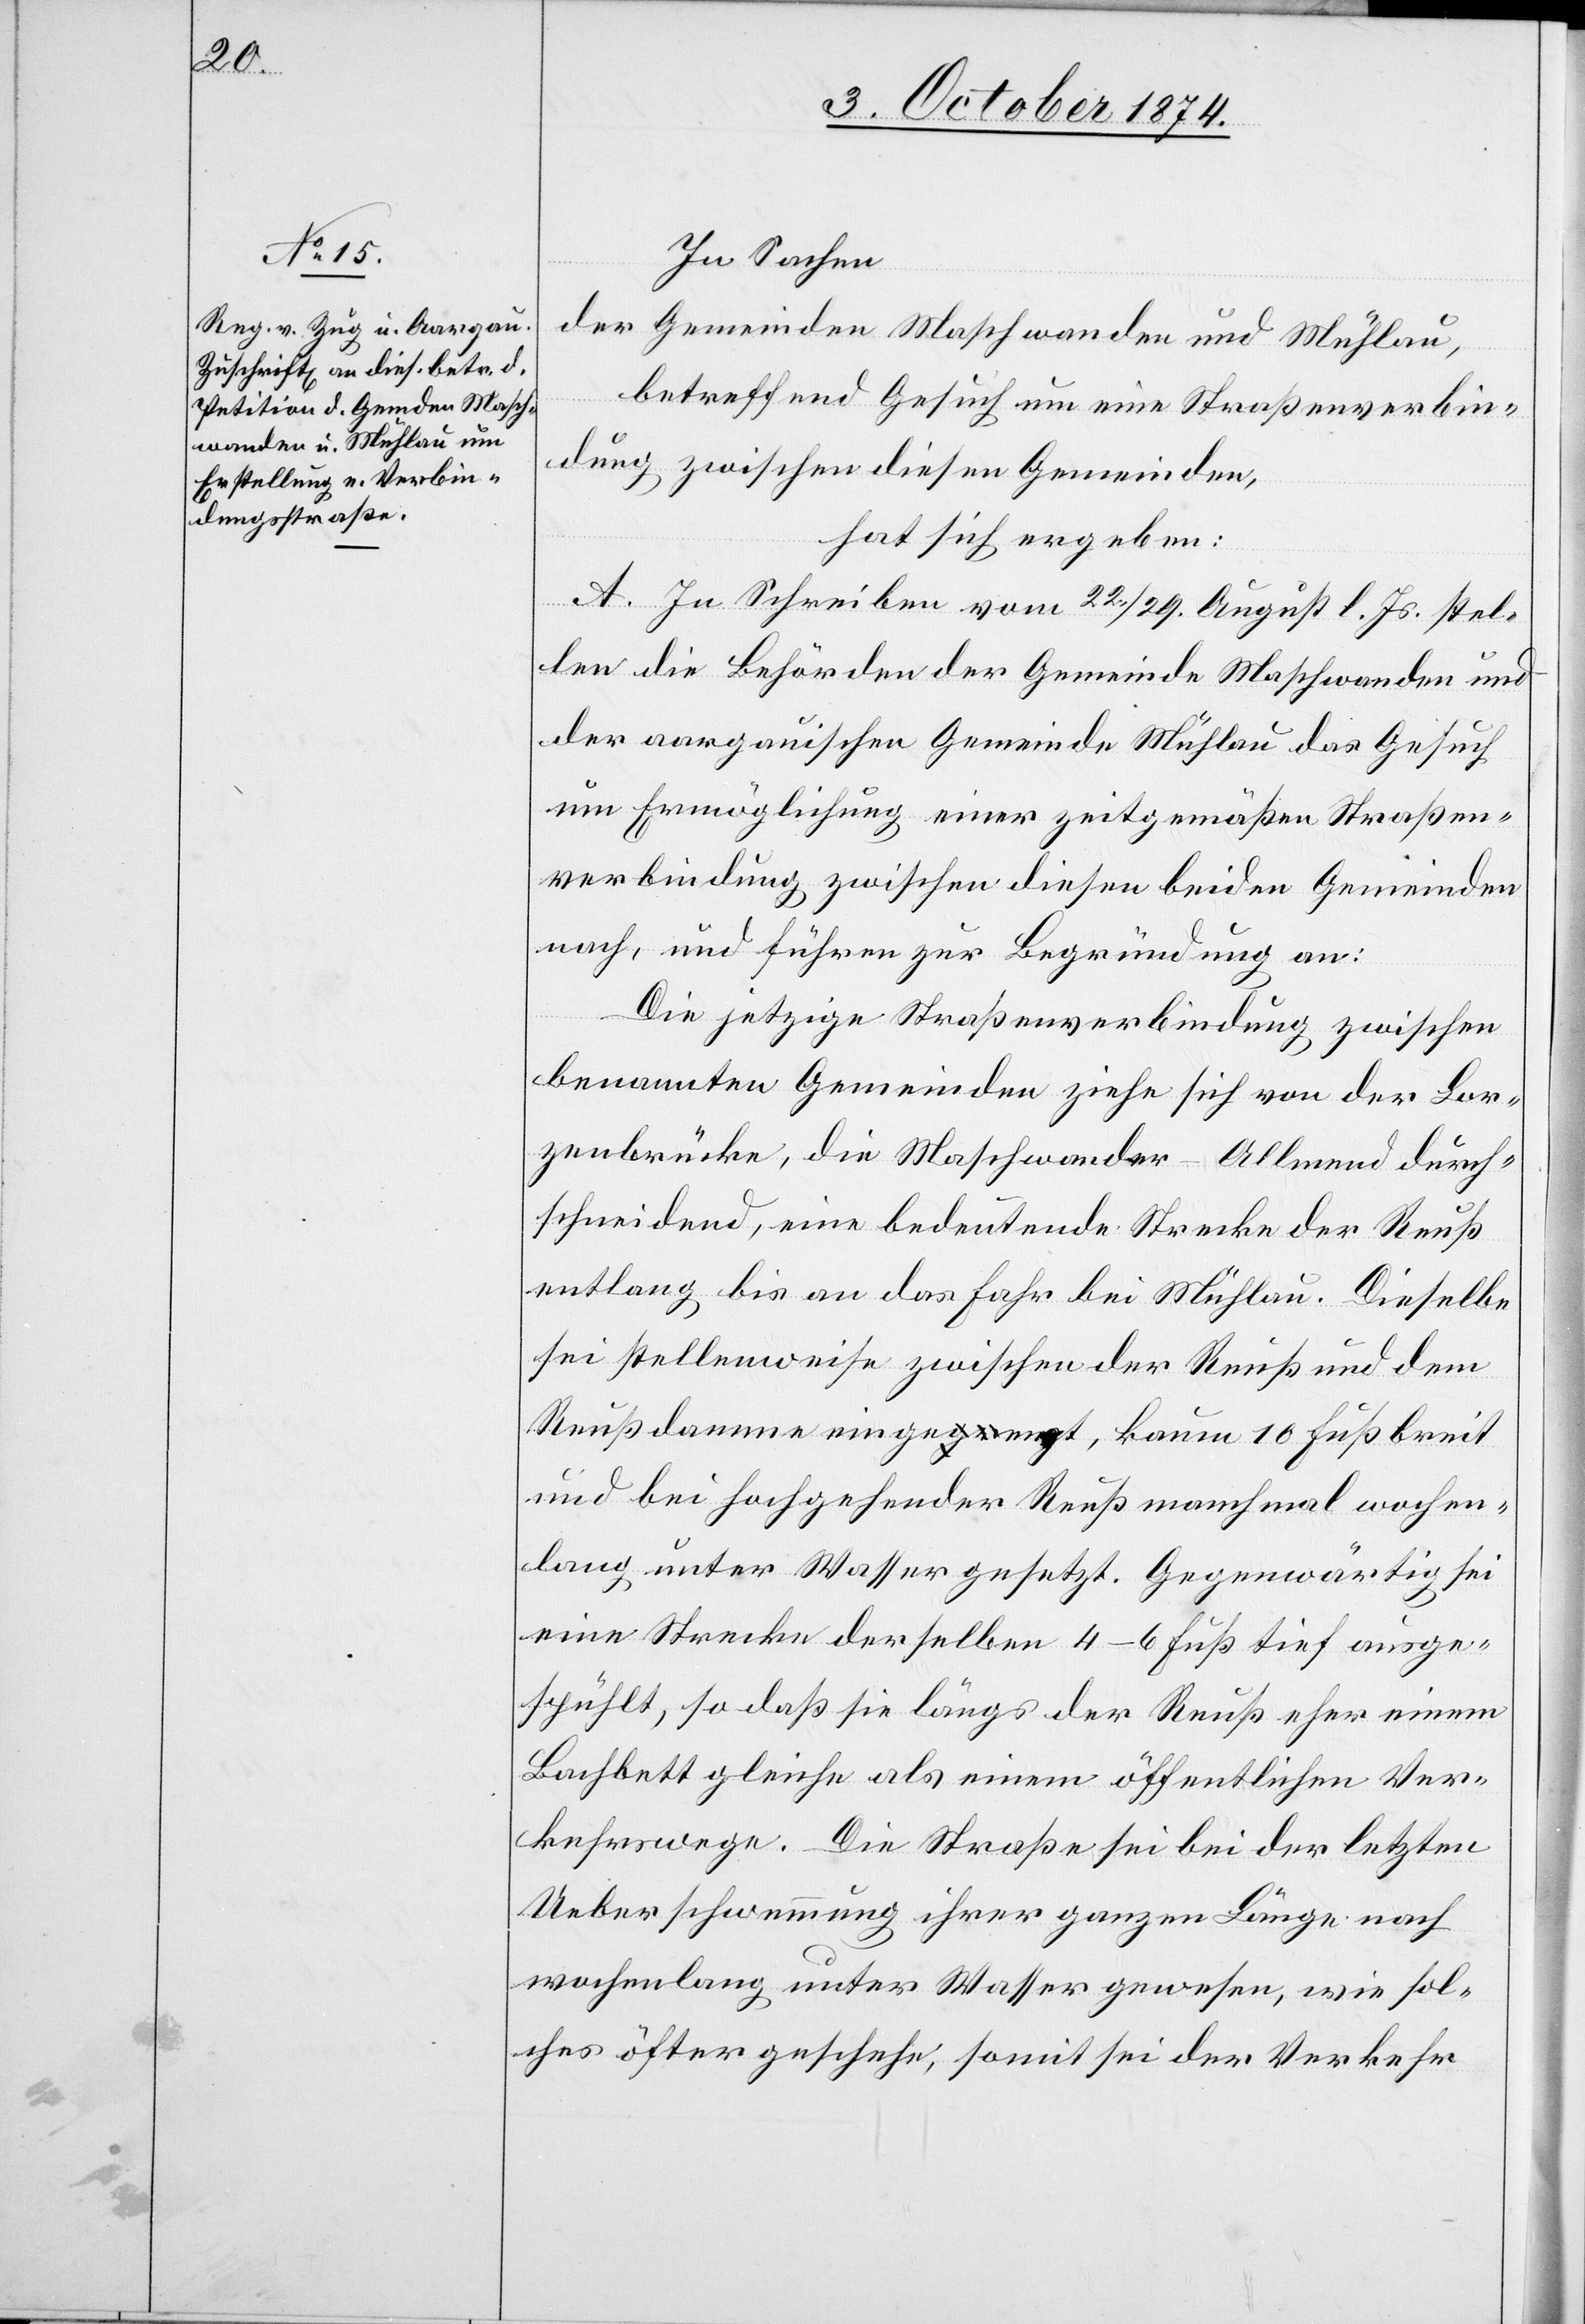
In Sachen
der Gemeinden Maschwanden und Mühlau,
betreffend Gesuch um eine Straßenverbin¬
dung zwischen diesen Gemeinden,
hat sich ergeben:
A. In Schreiben vom 22./29. August l. Js. stel¬
len die Behörden der Gemeinde Maschwanden und
der aargauischen Gemeinde Mühlau das Gesuch
um Ermöglichung einer zeitgemäßen Straßen¬
verbindung zwischen diesen beiden Gemeinden
nach, und führen zur Begründung an:
Die jetzige Straßenverbindung zwischen
benannten Gemeinden ziehe sich von der Lor¬
zenbrücke, die Maschwander-Allmend durch¬
schneidend, eine bedeutende Strecke der Reuß
entlang bis an das Fahr bei Mühlau. Dieselbe
sei stellenweise zwischen der Reuß und dem
Reußdamme eingeengt, kaum 10 Fuß breit
und bei hochgehender Reuß manchmal wochen¬
lang unter Wasser gesetzt. Gegenwärtig sei
eine Strecke derselben 4–6 Fuß tief ausge¬
spühlt, so daß sie längs der Reuß eher einem
Bachbett gleiche als einem öffentlichen Ver¬
kehrswege. Die Straße sei bei der letzten
Ueberschwemmung ihrer ganzen Länge nach
wochenlang unter Wasser gewesen, wie sol¬
ches öfter geschehe, somit sei der Verkehr